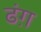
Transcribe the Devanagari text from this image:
ढंग़